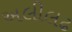
અલીલઢ